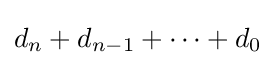
d_{n}+d_{n-1}+\cdots +d_{0}